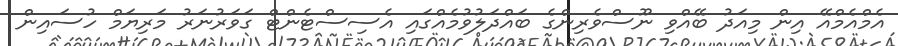
އެމްއެމްއޭ އިން މިއަދު ބޭއްވި ނޫސްވެރިންގެ ބައްދަލުވުމެއްގައި އެސިސްޓެންޓް ގަވަރުނަރު މަރިޔަމް ހުސައިން